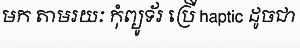
មក តាមរយៈ កុំព្យូទ័រ ប្រើ haptic ដូចជា